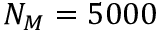
N _ { M } = 5 0 0 0